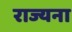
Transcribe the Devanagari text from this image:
राज्यना